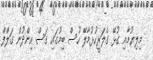
މިލިޔުމާއި ގުޅޭ ގެލަރީހުޅުމާލޭ ހުސް ބިމުގައި ގަސް އިންދުން ގަލްފް